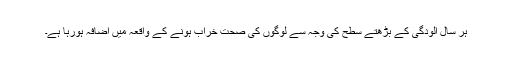
ہر سال آلودگی کے بڑھتے سطح کی وجہ سے لوگوں کی صحت خراب ہونے کے واقعہ میں اضافہ ہورہا ہے۔